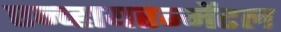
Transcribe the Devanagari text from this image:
एन्व्हायरन्मेंटल